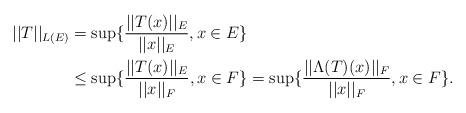
LaTeX: \begin{align*}||T||_{L(E)} & =\sup\{\frac{||T(x)||_{E}}{||x||_{E}},x\in E\}\\& \leq\sup\{\frac{||T(x)||_{E}}{||x||_{F}},x\in F\}=\sup\{\frac{||\Lambda(T)(x)||_{F}}{||x||_{F}},x\in F\}.\end{align*}